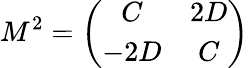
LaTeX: M^{2}=\left(\begin{array}{cc}{{C}}&{{2D}}\\ {{-2D}}&{{C}}\end{array}\right)